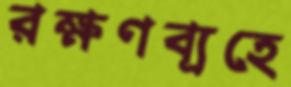
রক্ষণব্যূহে